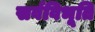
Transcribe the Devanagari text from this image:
सर्वविभूति